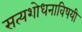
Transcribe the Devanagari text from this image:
सत्यशोधनाविषयी